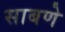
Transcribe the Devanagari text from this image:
साबणे